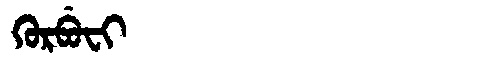
Manchu: ᡴᡠᡵᠪᡠᠸᡳ
Romanization: KURBUFI